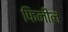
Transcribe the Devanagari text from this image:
फिनील